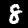
Label: 8